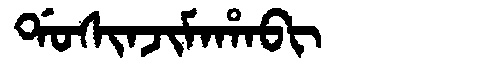
Manchu: ᡩᠣᠰᡳᠨᠵᡳᠮᠠᡥᠠᠪᡳ
Romanization: DOSINJIMAHABI